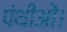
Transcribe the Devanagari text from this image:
पंथीओं।